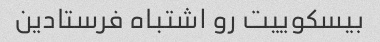
بیسکوییت رو اشتباه فرستادین